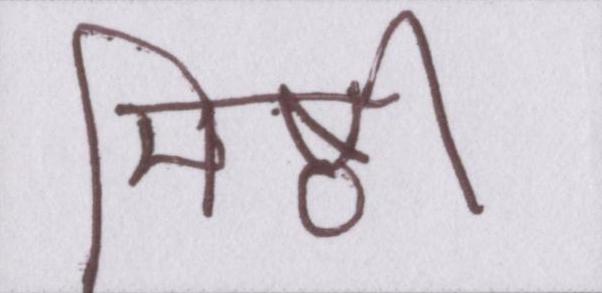
मिष्ठी